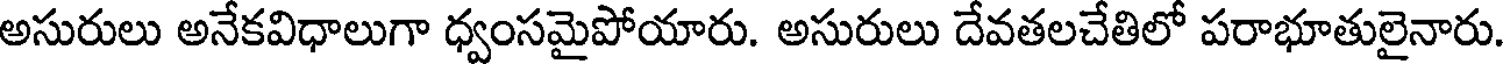
అసురులు అనేకవిధాలుగా ధ్వంసమైపోయారు. అసురులు దేవతలచేతిలో పరాభూతులైనారు.